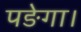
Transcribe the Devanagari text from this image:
पङेगा।